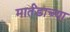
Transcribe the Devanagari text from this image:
मार्तंडाच्या